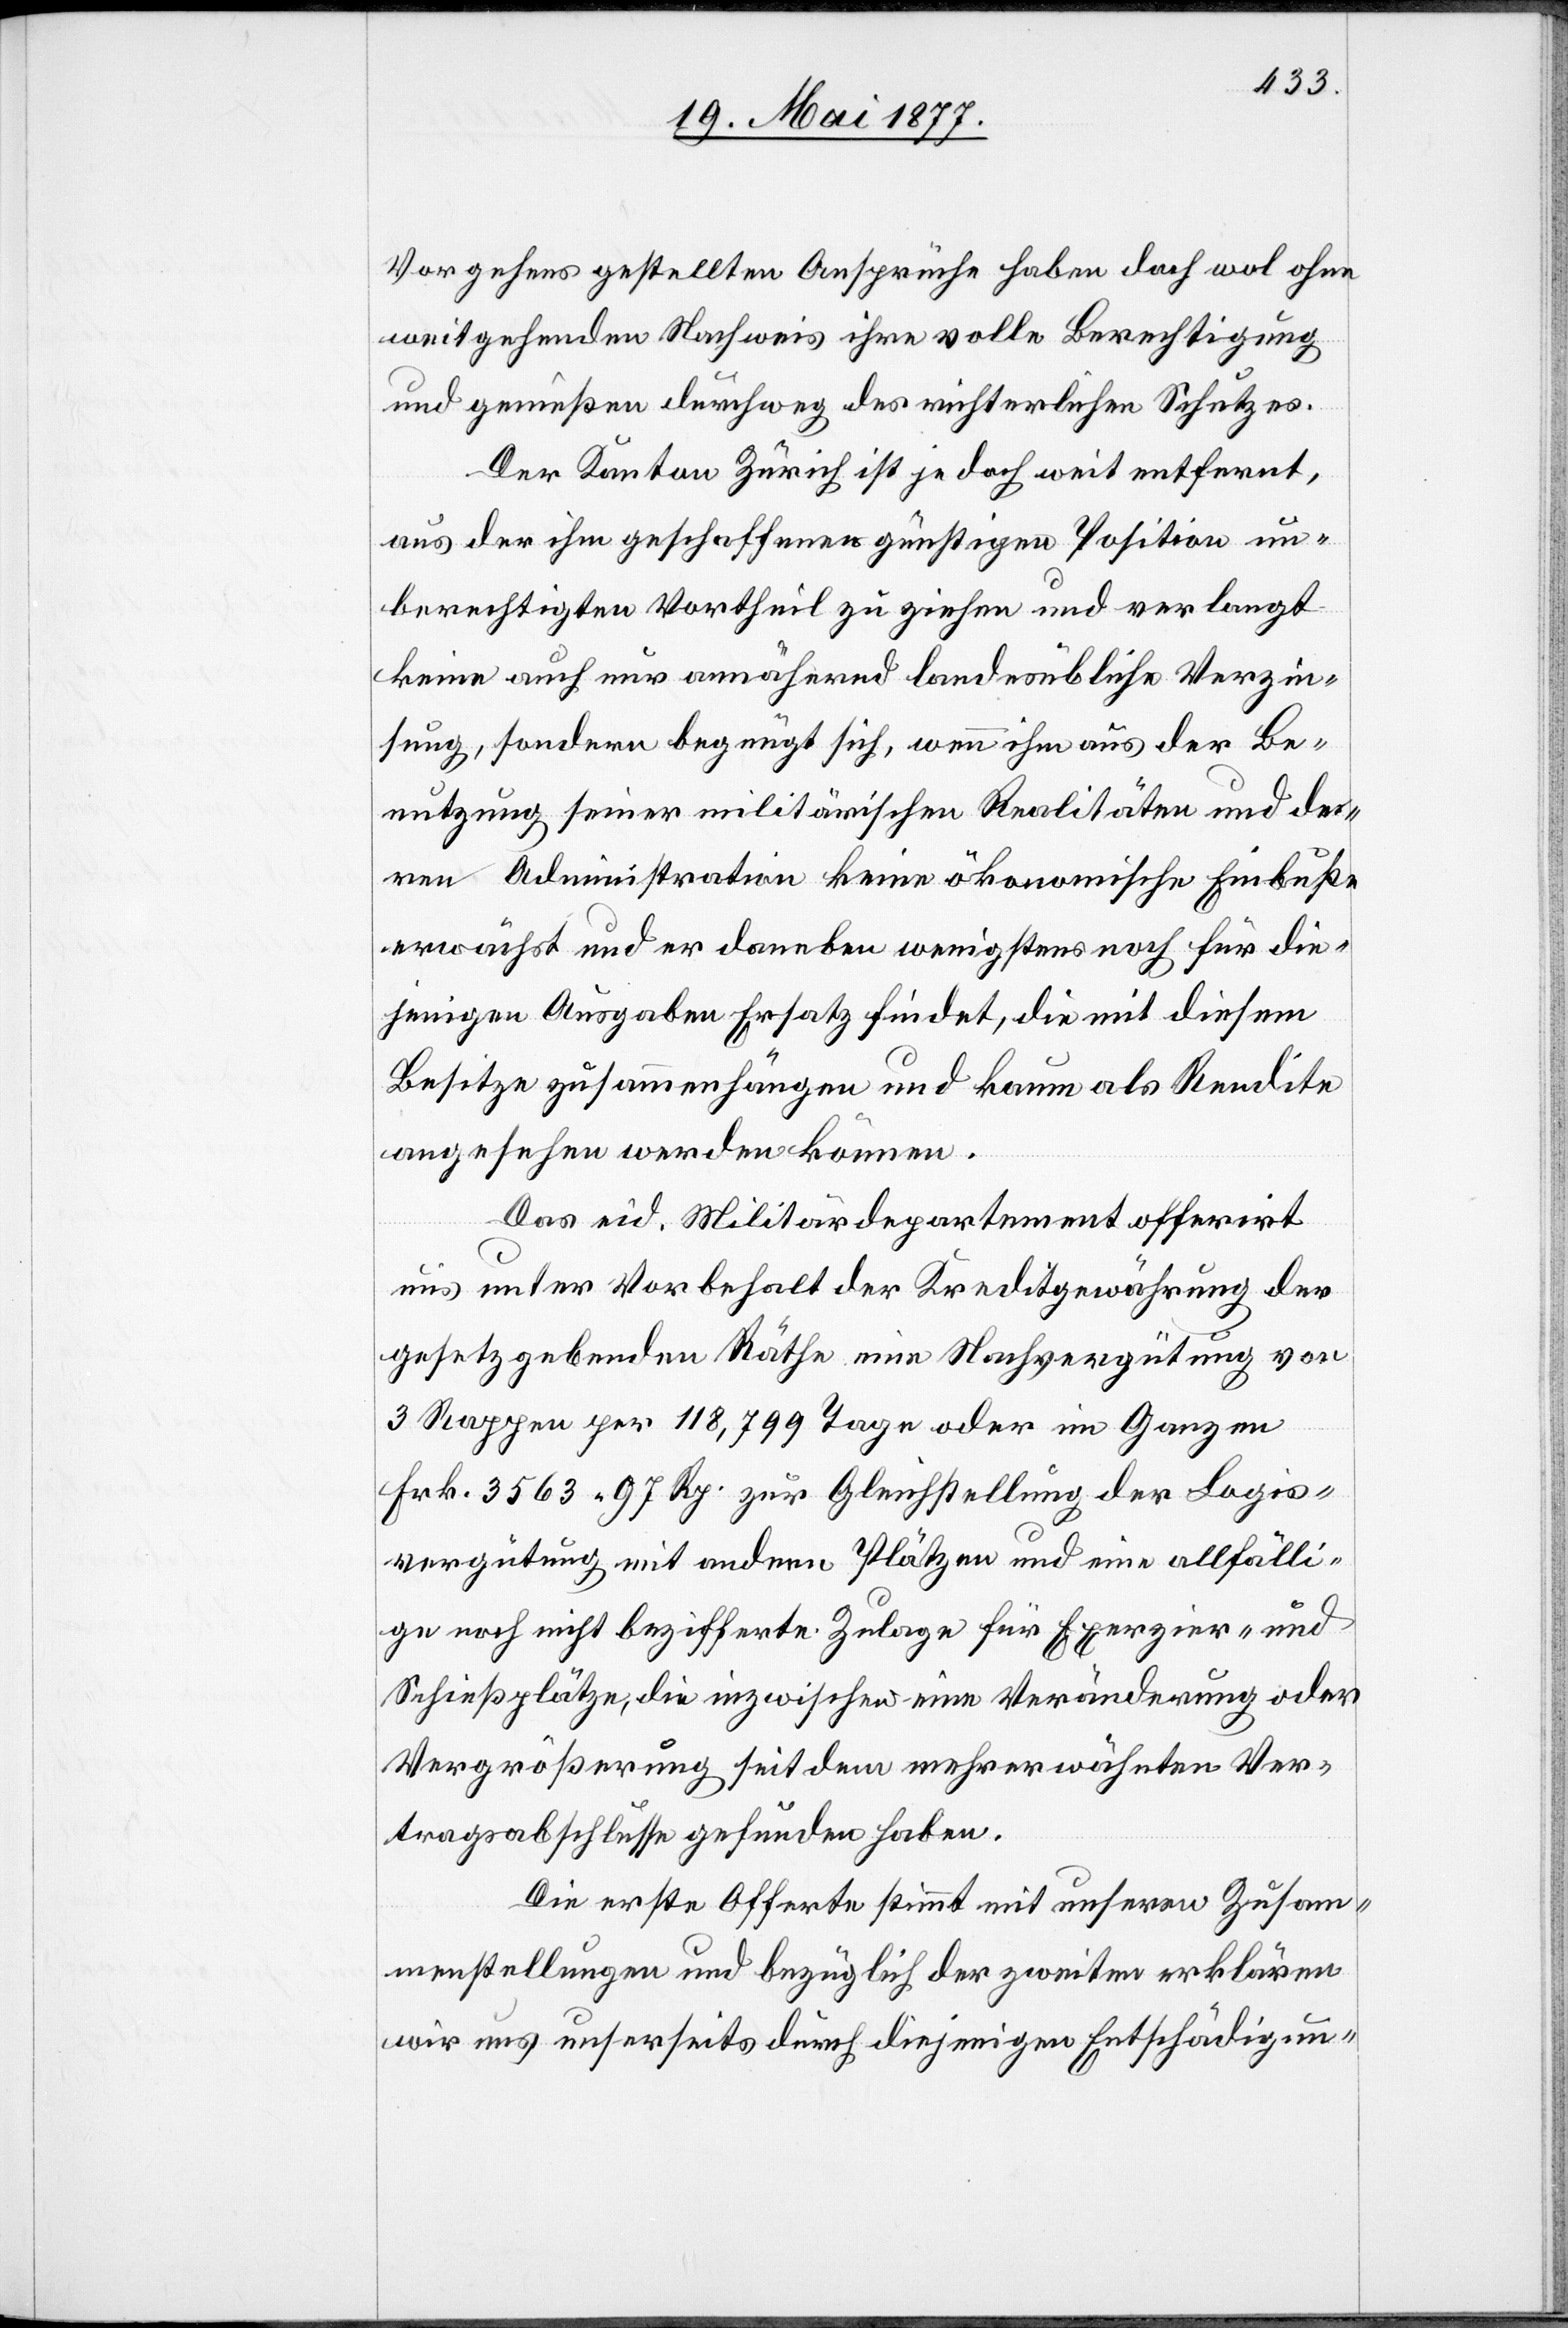
Vorgehens gestellten Ansprüche haben doch wol ohne
weitgehenden Nachweis ihre volle Berechtigung
und genießen durchweg des richterlichen Schutzes.
Der Kanton Zürich ist jedoch weit entfernt,
auf der ihm geschaffenen günstigen Position un¬
berechtigten Vortheil zu ziehen und verlangt
keine auch nur annähernd landesübliche Verzin¬
sung, sondern begnügt sich, wenn ihm aus der Be¬
nutzung seiner militärischen Realitäten und de¬
ren Administration keine ökonomische Einbuße
erwächst und er daneben wenigstens noch für die¬
jenigen Ausgaben Ersatz findet, die mit diesem
Besitze zusammenhängen und kaum als Rendite
angesehen werden können.
Das eid. Militärdepartement offerirt
uns unter Vorbehalt der Kreditgewährung der
gesetzgebenden Räthe eine Nachvergütung von
3 Rappen per 118,799 Tage oder im Ganzen
Frk. 3563 97 Rp. zur Gleichstellung der Logis¬
vergütung mit andern Plätzen und eine allfälli¬
ge noch nicht bezifferte Zulage für Exerzier- und
Schießplätze, die inzwischen eine Veränderung oder
Vergrößerung seit dem mehrerwähnten Ver¬
tragsabschlusse gefunden haben.
Die erste Offerte stimmt mit unsern Zusam¬
menstellungen und bezüglich der zweiten erklären
wir uns unserseits durch diejenigen Entschädigun-